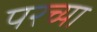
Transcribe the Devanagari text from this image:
परच्या